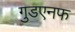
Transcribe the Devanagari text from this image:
गुडएनफ